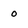
Character: o